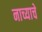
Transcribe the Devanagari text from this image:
नाच्याचे